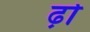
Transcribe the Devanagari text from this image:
ढ़ो